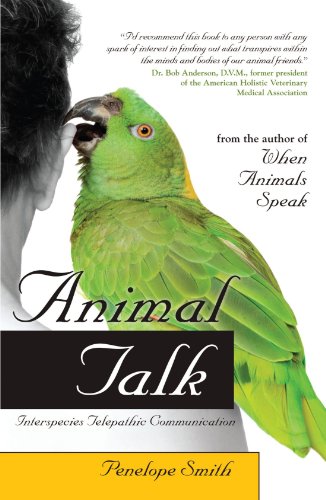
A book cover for Animal Talk: Interspecies Telepathic Communication; Penelope Smith; Crafts, Hobbies & Home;